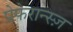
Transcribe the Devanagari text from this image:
प्रेफेरान्स्ज़